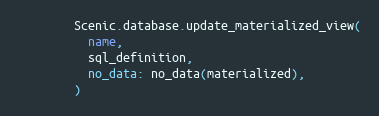
Language: Ruby
        Scenic.database.update_materialized_view(
          name,
          sql_definition,
          no_data: no_data(materialized),
        )